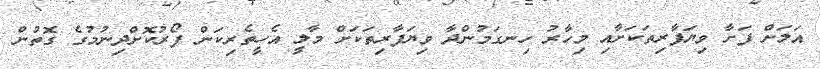
އަލަށް ފަށާ ވިޔަފާރިތަކަށާއި މިހާރު ހިނގަމުންދާ ވިޔަފާރިތަކަށް މާލީ އެހީތެރިކަން ފޯރުކޮށްދިނުމުގެ ގޮތުން